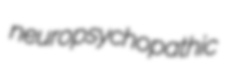
neuropsychopathic